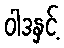
ဝါဒနှင့်